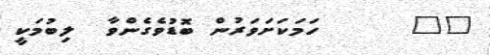
٦٠      ހަމަކަށަވަރުން ބޮޑުވެގެންވާ  ލިބުމަކީ